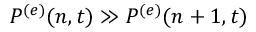
P ^ { ( e ) } ( n , t ) \gg P ^ { ( e ) } ( n + 1 , t )